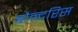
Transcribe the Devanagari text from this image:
बौन्दरिस